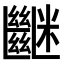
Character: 𥽠